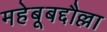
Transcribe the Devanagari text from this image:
महेबूबद्दौल्ला